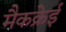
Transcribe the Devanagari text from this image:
मैकक्रेई